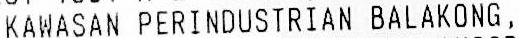
KAWASAN PERINDUSTRIAN BALAKONG,